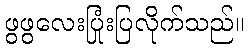
ဖွဖွလေးပြုံးပြလိုက်သည်။